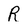
Character: R